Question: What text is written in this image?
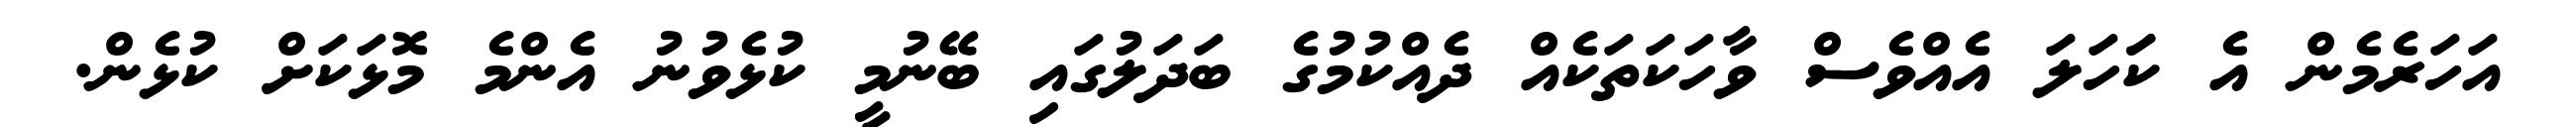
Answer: އަހަރެމެން އެ ކަަހަލަ އެއްވެސް ވާހަކަތަކެއް ދެއްކުމުގެ ބަދަލުގައި ބޭނުމީ ކުޅެވުނު އެންމެ މޮޅަކަށް ކުޅެން.